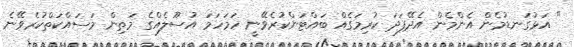
" އަޅުގަނޑުމެން އެންމެން އެދޭފަދަ ކުރިމަގެއް ބައްޓަންކުރެވޭނީ ހަމަހަމަ އުސޫލެއްގެ މަތިން މަސައްކަތްކުރެވޭނެ